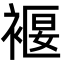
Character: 褗